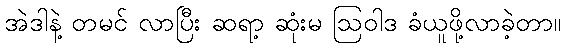
အဲဒါနဲ့ တမင် လာပြီး ဆရာ့ ဆုံးမ ဩဝါဒ ခံယူဖို့လာခဲ့တာ။